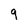
Character: 9